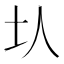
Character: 𡉇